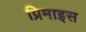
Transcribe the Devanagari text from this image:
प्रिमाइस